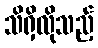
သိရှိလိုသည့်